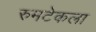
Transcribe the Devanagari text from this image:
रुमटेकला